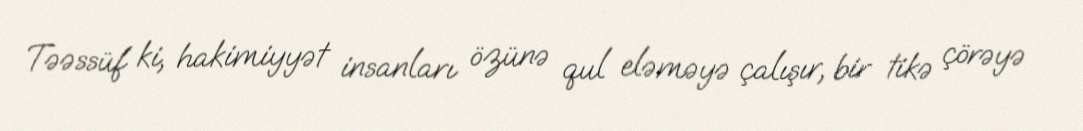
Təəssüf ki, hakimiyyət insanları özünə qul eləməyə çalışır, bir tikə çörəyə